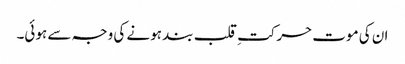
ان کی موت حرکتِ قلب بند ہونے کی وجہ سے ہوئی۔